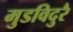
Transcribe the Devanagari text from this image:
मुडविदुरै